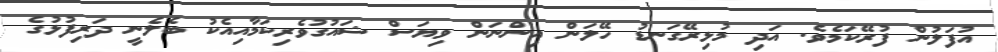
އުފަލުން ފުރޭކަމެވެ. އަދި މުޅިރޭގަނޑު ހޭލަން އިންނަން ވިޔަސް ޝައުގުވެރިކަމާއިއެކު ބެލެނީ ދަރިފުޅުގެ